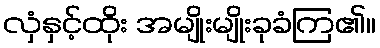
လှံနှင့်ထိုး အမျိုးမျိုးခုခံကြ၏။